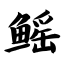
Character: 鳐